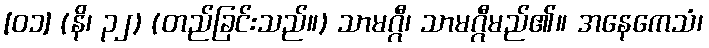
[၀၁] (နိ၊ ၃၂) (တည်ခြင်းသည်။) သာမဂ္ဂီ၊ သာမဂ္ဂီမည်၏။ အနေကေသံ၊